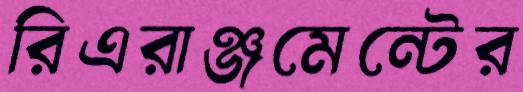
রিএরাঞ্জমেন্টের